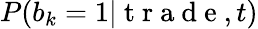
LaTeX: P(b_{k}=1|\mathrm{~t~r~a~d~e~},t)